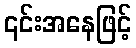
၎င်းအနေဖြင့်